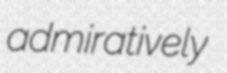
admiratively